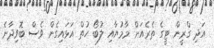
އަދި ގްރީން ޓީގެ ތެރެއަށް މާމުޔާއި ލުބޯ ހުތް އަޅައިގެން ވެސް ބޮވިދާނެ